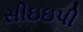
સીઇઇપી